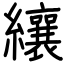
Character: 纕